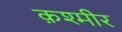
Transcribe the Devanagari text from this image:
क़श्मीर